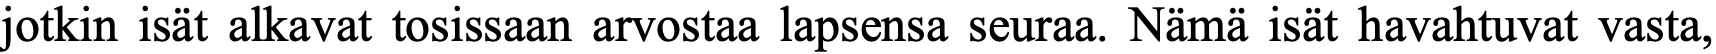
jotkin isät alkavat tosissaan arvostaa lapsensa seuraa. Nämä isät havahtuvat vasta,